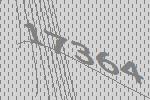
17364